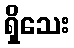
ရှိသေး